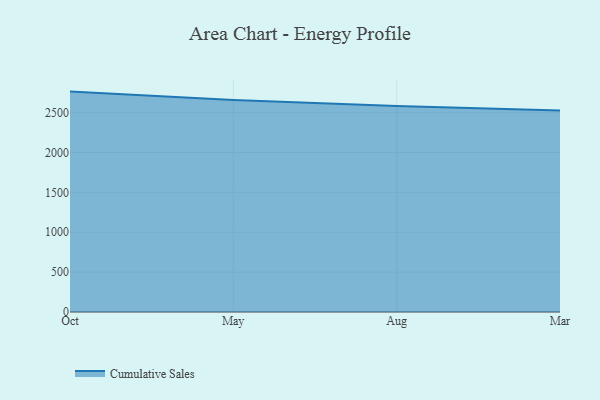
{"axis": {"x": "Month", "y": "Page Views"}, "legend": ["Cumulative Sales"], "data": [{"x": "Oct", "y": 2763.8, "type": "Cumulative Sales"}, {"x": "May", "y": 2659.1, "type": "Cumulative Sales"}, {"x": "Aug", "y": 2584.0, "type": "Cumulative Sales"}, {"x": "Mar", "y": 2527.4, "type": "Cumulative Sales"}]}